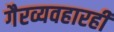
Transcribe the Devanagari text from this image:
गैरव्यवहारही